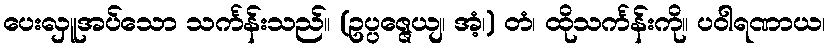
ပေးလှူအပ်သော သင်္ကန်းသည်။ (ဥပ္ပဇ္ဇေယျ၊ အံ့၊) တံ၊ ထိုသင်္ကန်းကို။ ပဝါရဏာယ၊